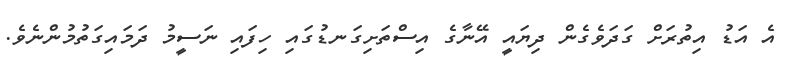
އެ އަޑު އިތުރަށް ގަދަވެގެން ދިޔައީ އޭނާގެ އިސްތަށިގަނޑުގައި ހިފައި ނަސީމު ދަމައިގަތުމުންނެވެ.